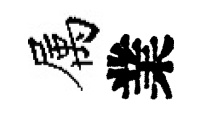
属業